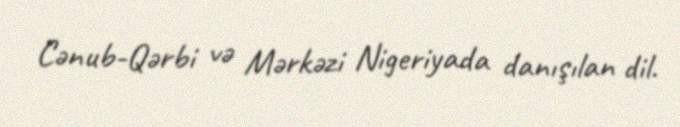
Cənub-Qərbi və Mərkəzi Nigeriyada danışılan dil.